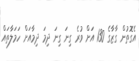
އެގޮތުން ގާޒާގެ 130 އަށް ވުރެ ގިނަ ގިނަ ދިމަ ދިމާއަށް ހަމަލާތައް